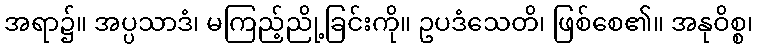
အရာ၌။ အပ္ပသာဒံ၊ မကြည့်ညို့ခြင်းကို။ ဥပဒံသေတိ၊ ဖြစ်စေ၏။ အနုဝိစ္စ၊